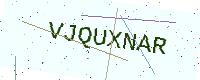
Text: VJQUXNAR